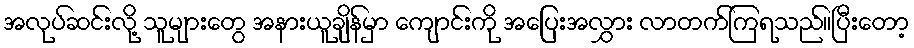
အလုပ်ဆင်းလို့ သူများတွေ အနားယူချိန်မှာ ကျောင်းကို အပြေးအလွှား လာတက်ကြရသည်။ပြီးတော့